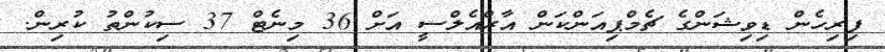
ފިރިހެން ޑިވިޝަންގެ ޗެމްޕިއަންކަން އާރްއެލްސީ އަށް 36 މިނެޓް 37 ސިކުންތު ކުރިން.